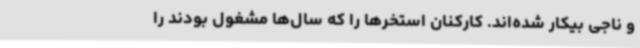
و ناجی بیکار شده‌اند. کارکنان استخرها را که سال‌ها مشغول بودند را